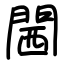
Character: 閪